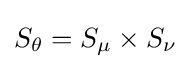
S_{\theta }=S_{\mu }\times S_{\nu }